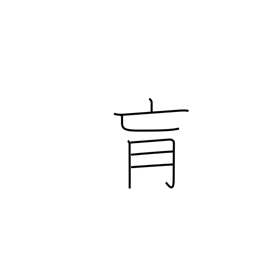
Meaning: interior region of the body too deep to be reached by acupuncture